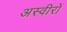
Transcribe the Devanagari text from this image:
अस्वीरों